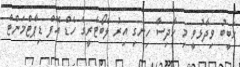
ހަބީބު ވިދާޅުވީ މި ހާދިސާ ހިނގި އިރު ލެބޯޓެރީގެ ހެޑް އޮފް ޑިޕާޓްމަންޓް